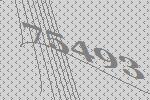
75493